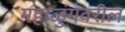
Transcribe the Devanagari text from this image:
महाळुंगवरील